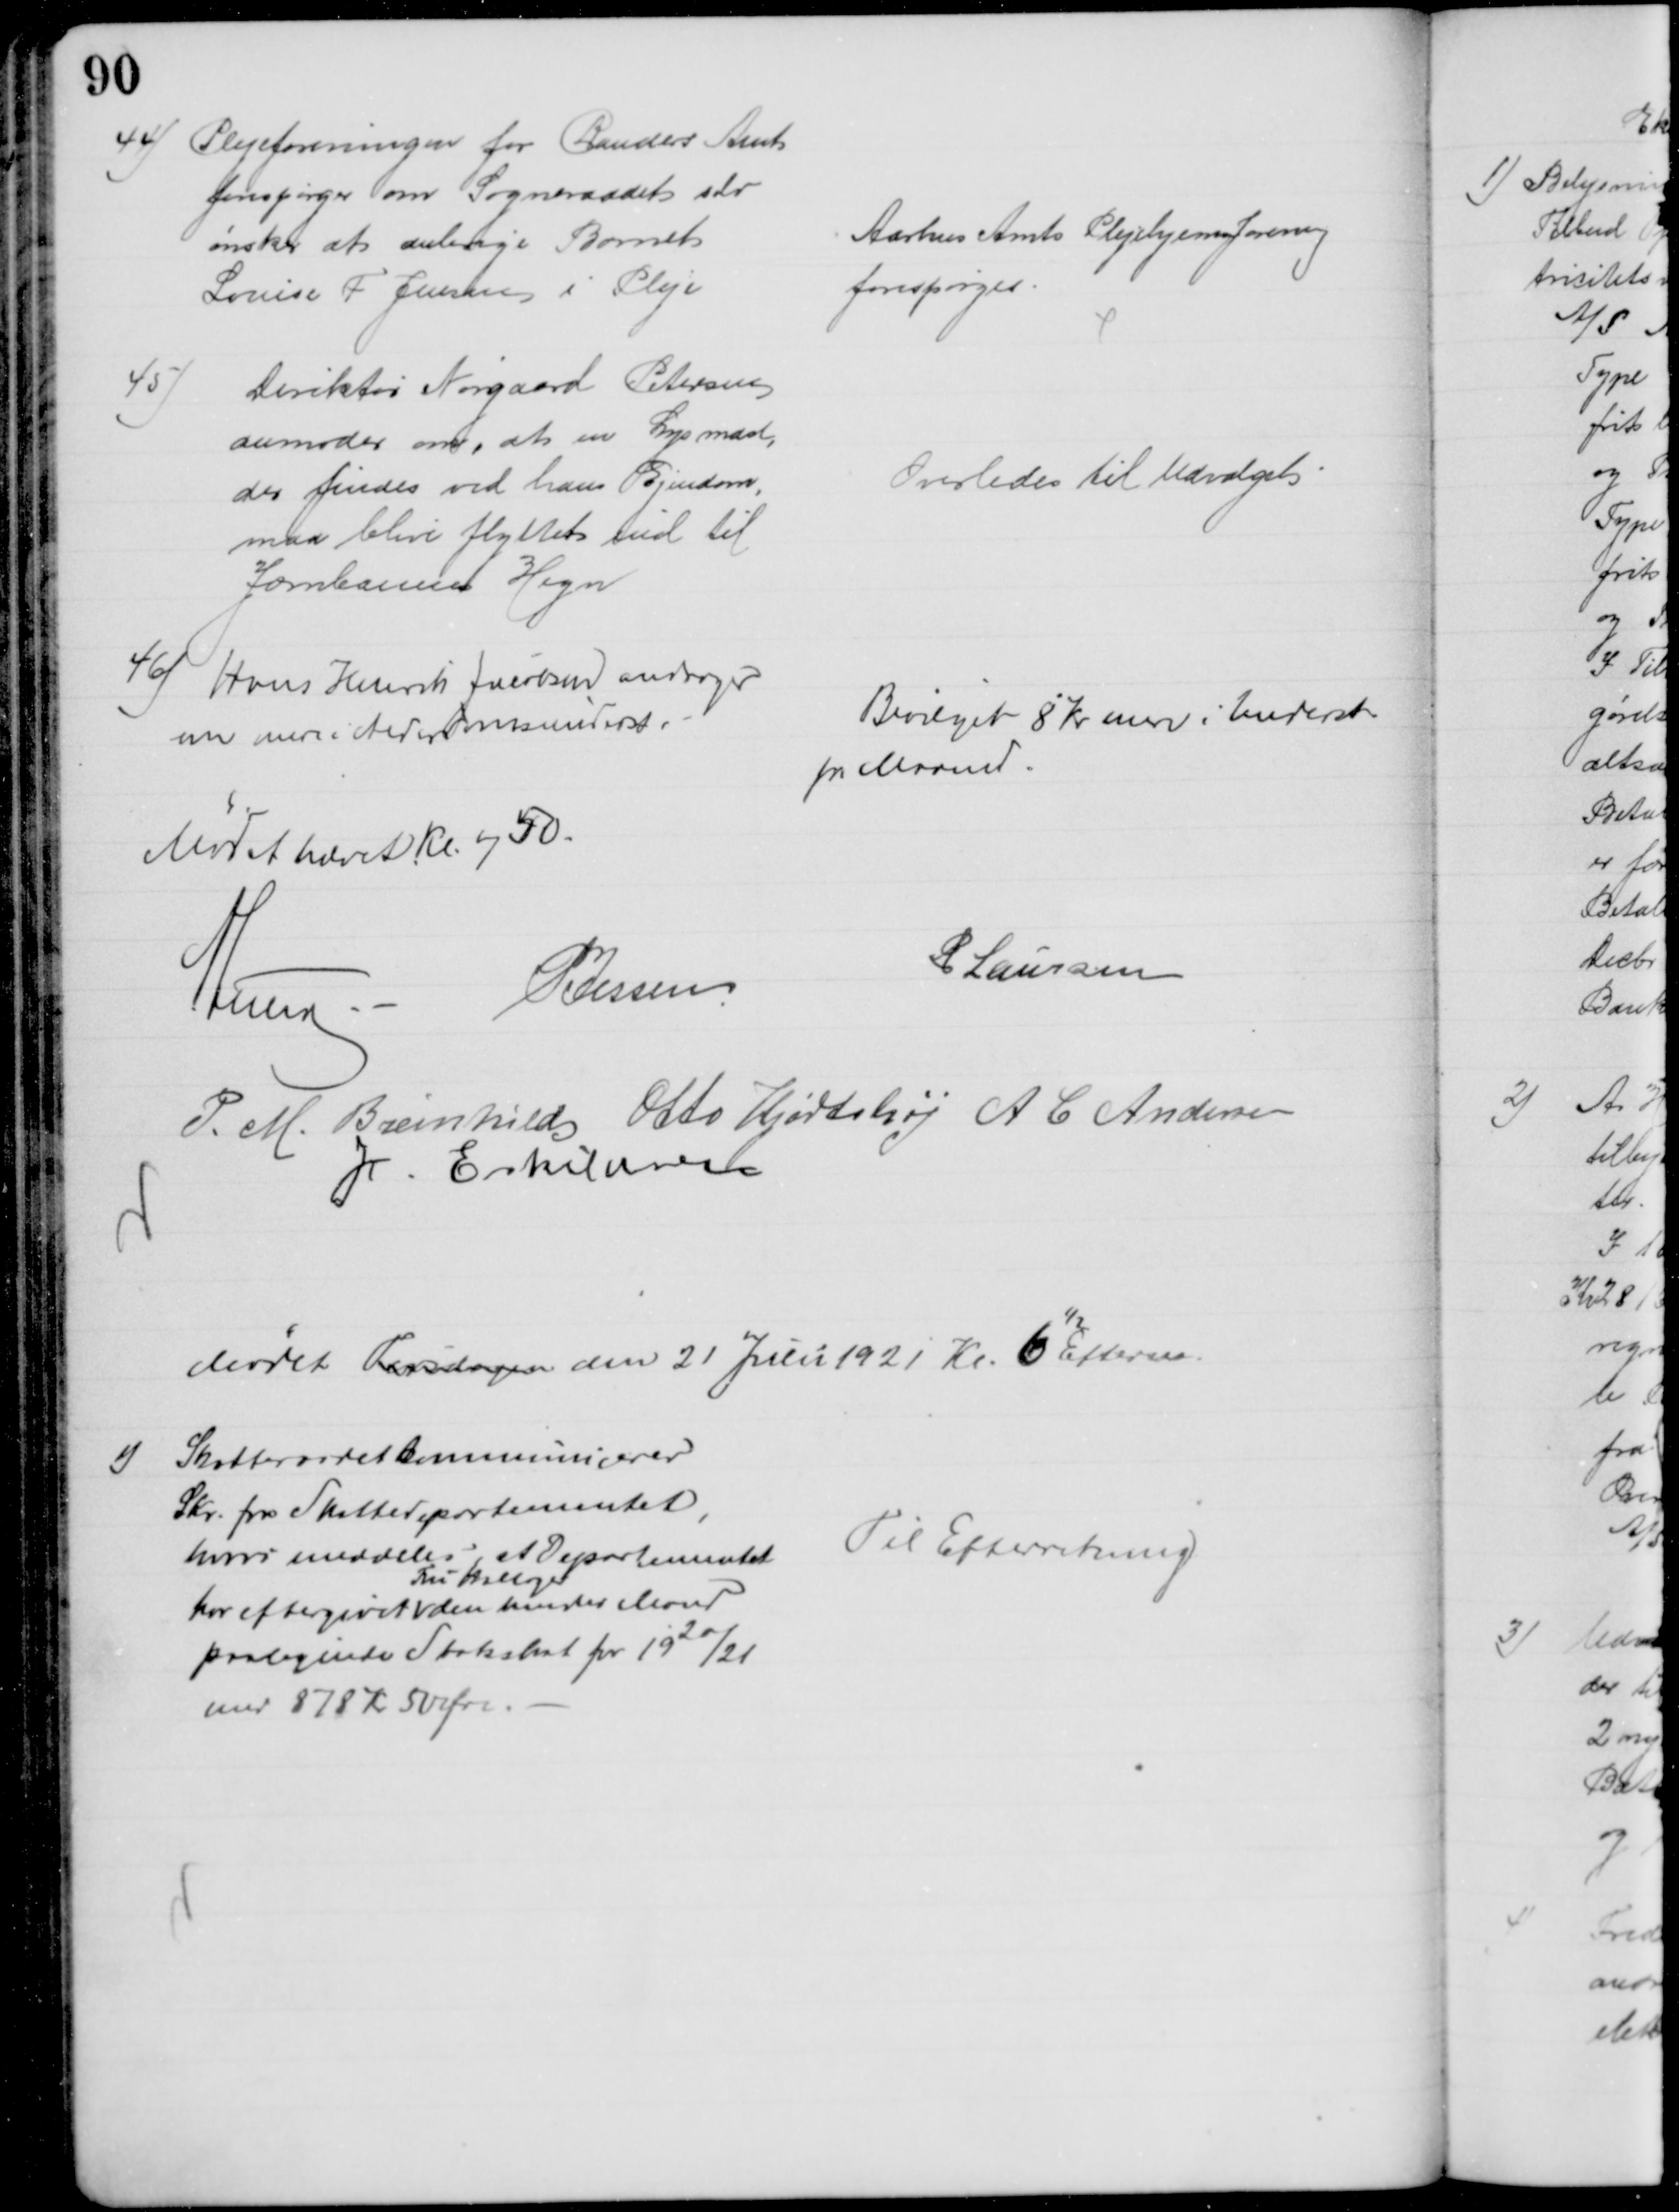
Transskription:
44)
Plejeforeningen for Randers Amt
forespørger om Sogneraadet sdr
ønsker at anbringe Barnet
Louise F Jensen i Pleje
Aarhus Amts Plejehjemsforening
forespørges.
45)
Direktør Nørgaard Petersen
anmoder om, at en Lysmast,
der findes ved hans Ejendom,
maa blive flyttet ind til
Jernbanens Hegn
Overlodes til Udvalget
46) 
Hans Henrik Jacobsen andrager
om mere i Alderdomsunderst.
Bevilget 8 Kr mere i Underst.
pr Maaned.
Mødet hævet Kl. 750
A Lund
P Jessen
P Laursen
P. M. Breinhild Otto Hjortshøj A C Andersen
I. Eskildsen
Mødet Tirsdagen den 21 Julii 1921 Kl. 6
½
Efterm.
1)
Skatteraadet kommunicerer
Skr. fra Skattedepartementet,
hvori meddeles, at Departementet
har eftergivet 
Fru Hallager
den hendes Mand
paaligende Statsskat for 1920/21
med 878 Kr 50 Øre.
Til Efterretning